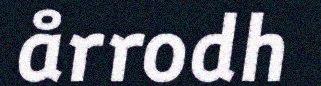
årrodh